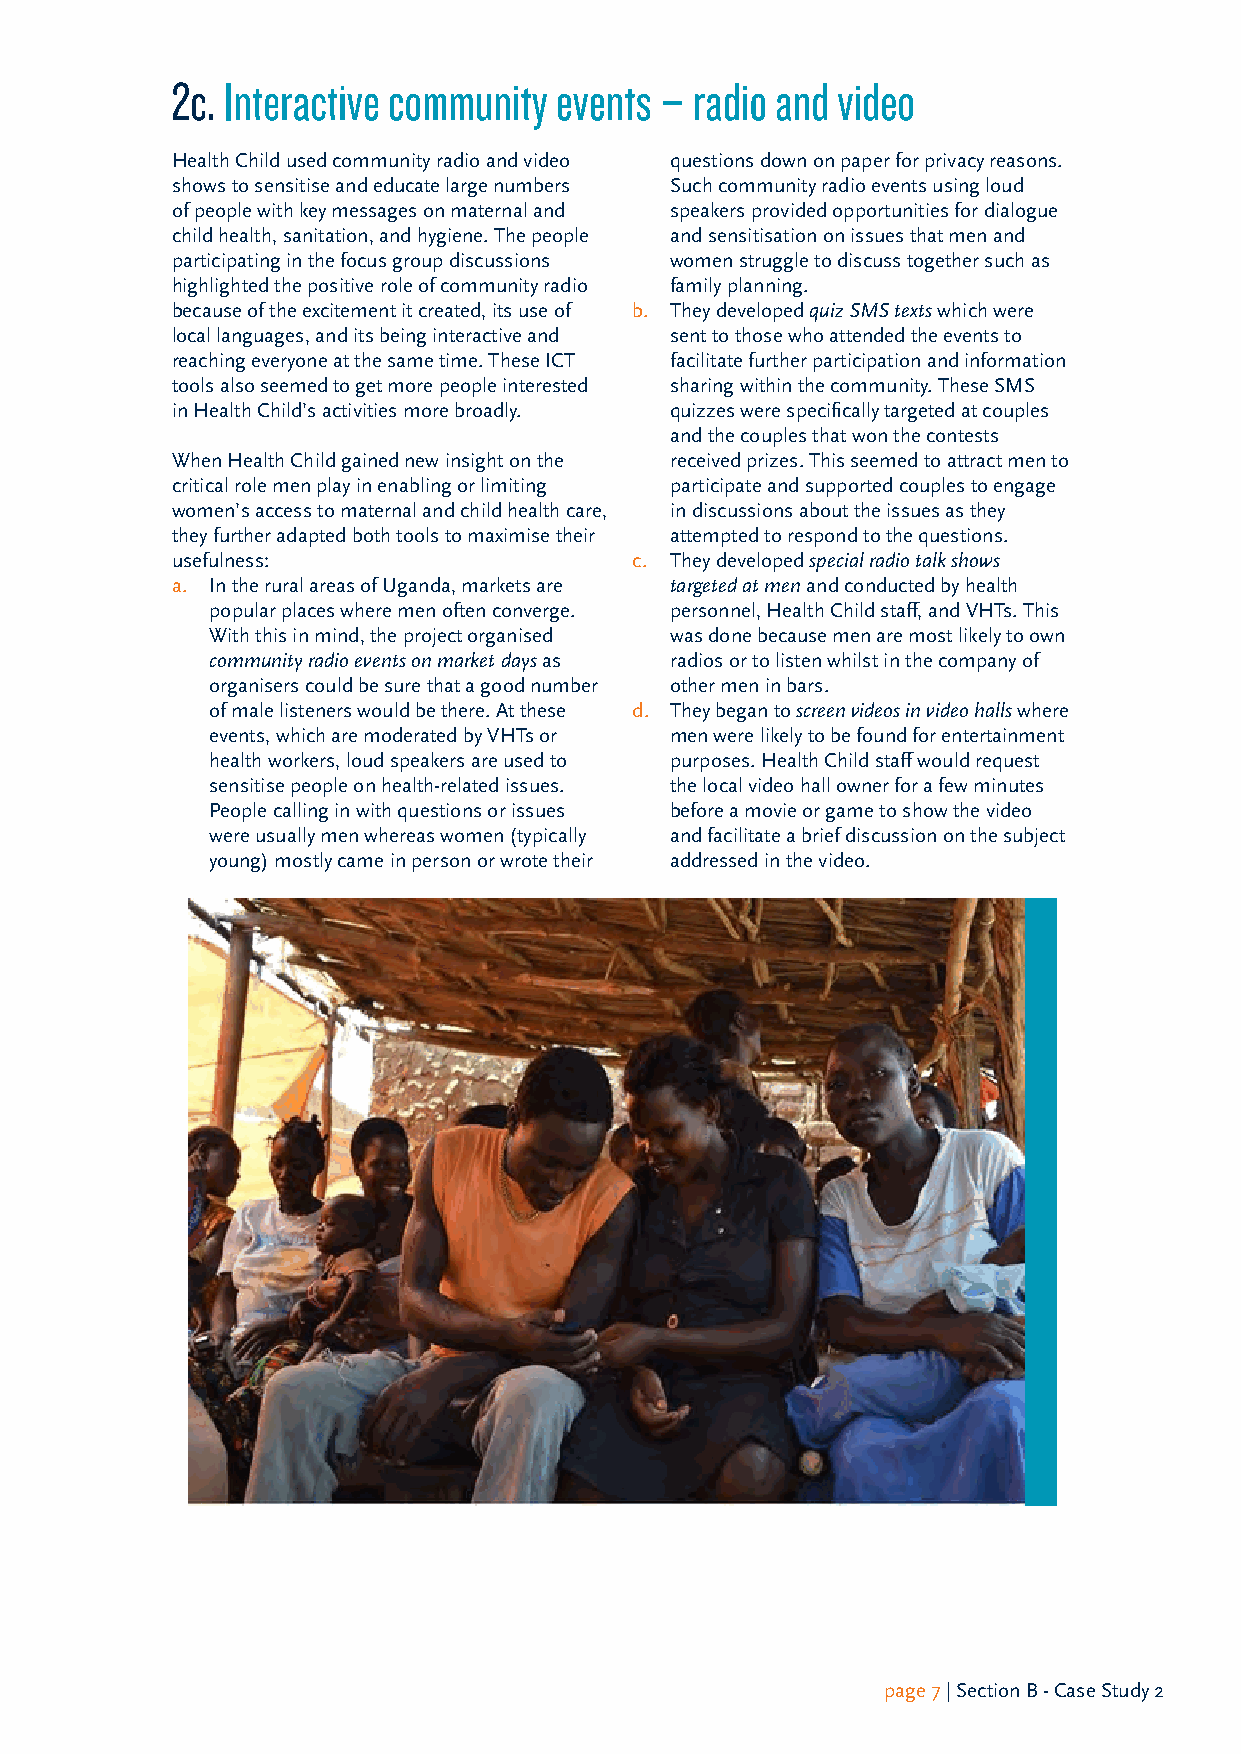
2c. Interactive community events – radio and video
 Health Child used community radio and video questions down on paper for privacy reasons.
 shows to sensitise and educate large numbers Such community radio events using loud
 of people with key messages on maternal and speakers provided opportunities for dialogue
 child health, sanitation, and hygiene. The people and sensitisation on issues that men and
 participating in the focus group discussions women struggle to discuss together such as
 highlighted the positive role of community radio family planning.
 because of the excitement it created, its use of b. They developed quiz SMS texts which were
 local languages, and its being interactive and sent to those who attended the events to
 reaching everyone at the same time. These ICT facilitate further participation and information
 tools also seemed to get more people interested sharing within the community. These SMS
 in Health Child’s activities more broadly. quizzes were specifically targeted at couples
 and the couples that won the contests
 When Health Child gained new insight on the received prizes. This seemed to attract men to
 critical role men play in enabling or limiting participate and supported couples to engage
 women’s access to maternal and child health care, in discussions about the issues as they
 they further adapted both tools to maximise their attempted to respond to the questions.
 usefulness:                    c. They developed special radio talk shows
 a. In the rural areas of Uganda, markets are targeted at men and conducted by health
 popular places where men often converge. personnel, Health Child staff, and VHTs. This
 With this in mind, the project organised was done because men are most likely to own
 community radio events on market days as radios or to listen whilst in the company of
 organisers could be sure that a good number other men in bars.
 of male listeners would be there. At these d. They began to screen videos in video halls where
 events, which are moderated by VHTs or men were likely to be found for entertainment
 health workers, loud speakers are used to purposes. Health Child staff would request
 sensitise people on health-related issues. the local video hall owner for a few minutes
 People calling in with questions or issues before a movie or game to show the video
 were usually men whereas women (typically and facilitate a brief discussion on the subject
 young) mostly came in person or wrote their addressed in the video.
 page 7 | Section B - Case Study 2